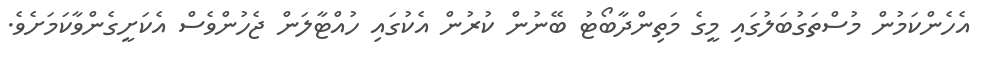
އެހެންކަމުން މުސްތަގުބަލުގައި މީގެ މަތިންދާބޯޓު ބޭނުން ކުރުން އެކުގައި ހުއްޓާލަން ޖެހުންވެސް އެކަށީގެންވާކަމަށެވެ.